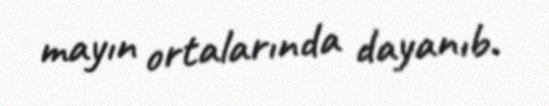
mayın ortalarında dayanıb.